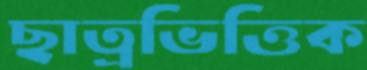
ছাত্রভিত্তিক